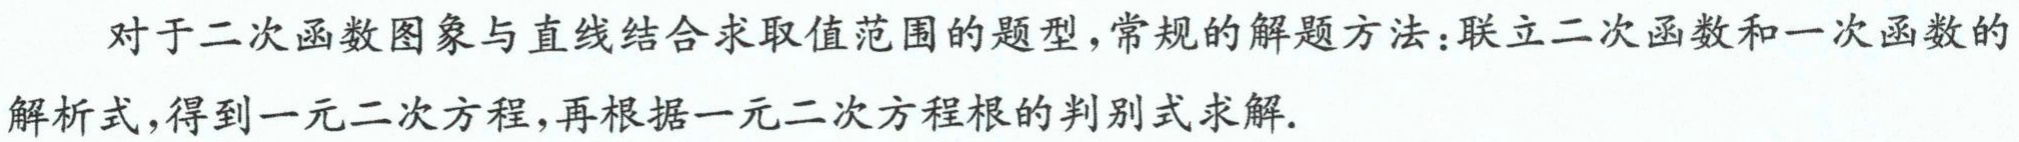
对于二次函数图象与直线结合求取值范围的题型，常规的解题方法：联立二次函数和一次函数的解析式，得到一元二次方程，再根据一元二次方程根的判别式求解.